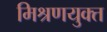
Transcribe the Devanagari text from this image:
मिश्रणयुक्त